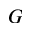
G